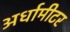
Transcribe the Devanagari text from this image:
अर्धामीटर